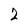
Character: 2